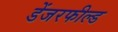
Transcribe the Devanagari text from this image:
डेंजरफील्ड